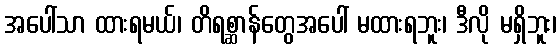
အပေါ်သာ ထားရမယ်၊ တိရစ္ဆာန်တွေအပေါ် မထားရဘူး၊ ဒီလို မရှိဘူး၊